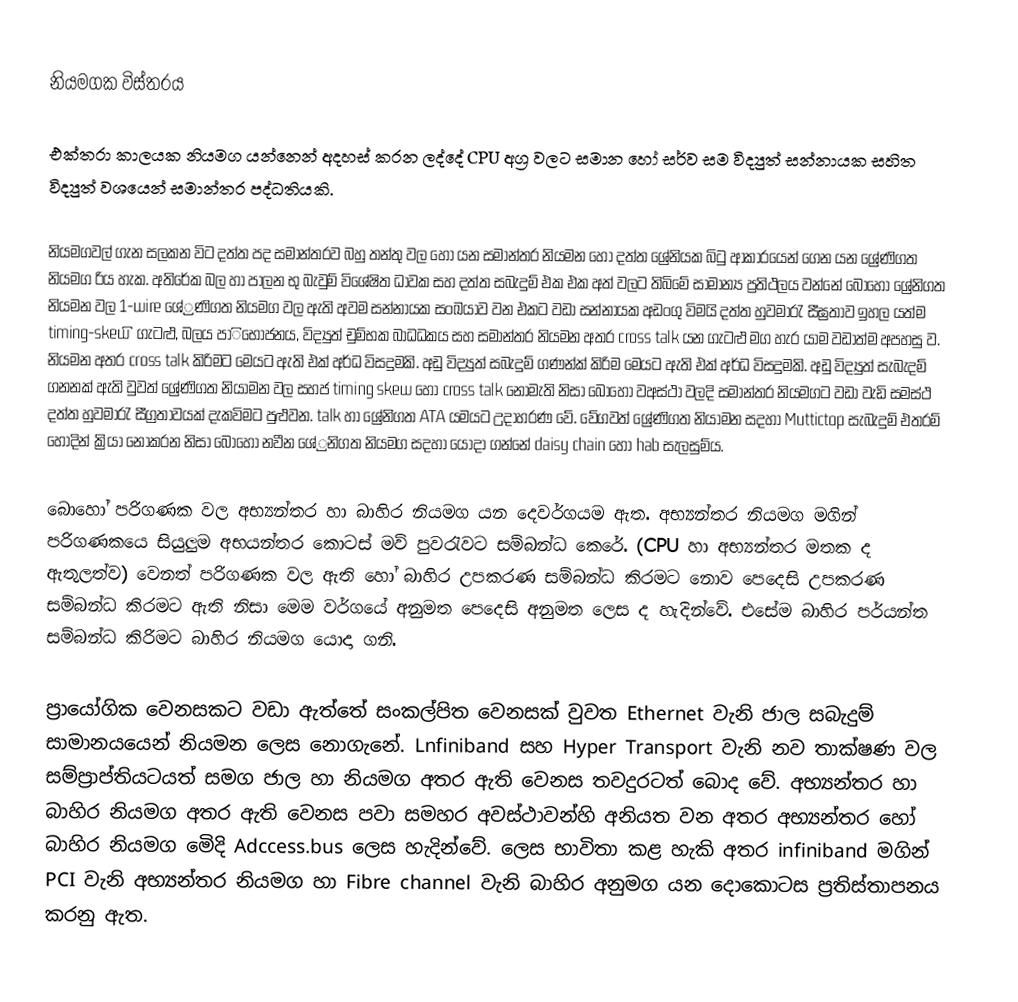
නියමගක විස්තරය

එක්තරා කාලයක නියමග යන්නෙන් අදහස් කරන ලද්දේ CPU අග්‍ර වලට සමාන හෝ සර්ව සම විද්‍යුත් සන්නායක සහිත විද්‍යුත් වශයෙන් සමාන්තර පද්ධතියකි.

නියමගවල් ගැන සලකන විට දත්ත පද සමාන්තරව බහු තන්තු වල හෝ යන සමාන්තර නියමන හෝ දත්ත ශ්‍රේනියක බිටු ආකාරයෙන් ගෙන යන ශ්‍රේණිගත නියමග රිය හැක. අතිරේක බල හා පාලන භු බැවුම් විශේෂිත ධාවක සහ දත්ත සබැදුම් එක එක අත් වලට ති‍බිමේ සාමාන්‍ය ප්‍රතිථලය වන්නේ බොහෝ ශ්‍රේනිගත නියමන වල 1-wire ශේ්‍රණිගත  නියමග වල ඇති අවම සන්නායක සංඛයාව වන එකට වඩා සන්නායක අඩංගු විමයි දත්ත හුවමාරැ සීඝ්‍රතාව ඉහල යත්ම timing-skew  ි ගැටළු, බලය පාිභෝජනය, විද්‍යුත් චුම්භක බාධධකය සහ සමාන්තර නියමන අතර cross talk  යන ගැටළු මග හැර යාම වඩාත්ම අපහසු ව. නියමන අතර cross talk කිරිමට මෙයට ඇති එක් අර්ධ විසදුමකි. අඩු විද්‍යුත් සබැදුම් ගණන්ක් කිරිම මෙයට ඇති එක් අර්ධ විසදුමකි. අඩු විද්‍යුත් සැබැදම් ගනනක් ඇති වුවත් ශ්‍රේණිගත නියාමන වල සහජ timing skew හෝ cross talk ‍නොමැති නිසා බොහෝ වඅස්ථා වලදි සමාන්තර නියමගට වඩා වැඩි සමස්ථ දත්ත හුවමාරැ සීග්‍රතාවයක් දැකවිමට පුළුවන. talk හා ශ්‍රේනිගත  ATA  යමයට උදාහරණ වේ. වේගවත් ශ්‍රේණිගත නියාමන සදහා Muttictop  සැබැදුම් එතරම් හොදින් ක්‍රියා නොකරන නිසා බොහෝ නවීන ශේ්‍රනිගත නියමග සදහා යොදා ගන්නේ daisy chain හෝ  hab සැලසුම්ය.

බොහෝ පරිගණක වල අභ්‍යන්තර හා බාහිර නියමග ‍යන දෙවර්ගයම ඇත. අභ්‍යන්තර නියමග මගින් පරිගණකයෙ සියුලුම අභයන්තර කොටස් මව් පුවරැවට සම්බන්ධ කෙරේ. (CPU හා අභ්‍යන්තර මතක ද ඇතුලත්ව) වෙනත් පරිගණක වල ඇති හෝ බාහිර උපකරණ සම්බන්ධ කිරමට නොව පෙදෙසි උපකරණ සම්බන්ධ කිරමට ඇති නිසා මෙම වර්ගයේ අනුමත පෙදෙසි අනුමත ලෙස ද හැදින්වේ. එසේම බාහිර පර්යන්ත සම්බන්ධ කිරිමට බාහිර නියමග යොදා ගනි.

ප්‍ර‍ායෝගික වෙනසකට වඩා ඇත්තේ සංකල්පිත වෙනසක් වුවත Ethernet වැනි ජාල සබැදුම් සාමානයයෙන් නියමන ලෙස නොගැනේ.  Lnfiniband සහ Hyper Transport වැනි නව තාක්ෂණ වල සම්ප්‍රාප්තියටයත් සමග ජාල හා නියමග අතර ඇති වෙනස තවදුරටත් බොද වේ. අභ්‍යන්තර හා බාහිර නියමග අතර ඇති වෙනස පවා සමහර අවස්ථාවන්හි අනියත වන අතර අභ්‍යන්තර හෝ බාහිර නියමග මෙිදි Adccess.bus ලෙස හැදින්වේ. ලෙස භාවිතා කළ හැකි අතර  infiniband මගින් PCI වැනි අභ්‍යන්තර නියමග හා Fibre channel වැනි බාහිර අනුමග යන දොකොටස ප්‍රතිස්තාපනය කරනු ඇත.